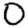
Digit: 0